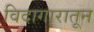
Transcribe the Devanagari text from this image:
विदागारातून